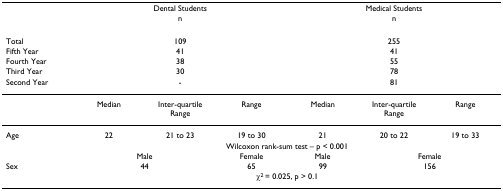
|  |  | Dental Students |  |  | Medical Students |  |
 |  |  | n |  |  | n |  |
 | --- | --- | --- | --- | --- | --- | --- |
 | Total |  | 109 |  |  | 255 |  |
 | Fifth Year |  | 41 |  |  | 41 |  |
 | Fourth Year |  | 38 |  |  | 55 |  |
 | Third Year |  | 30 |  |  | 78 |  |
 | Second Year |  | - |  |  | 81 |  |
 |  | Median | Inter-quartile Range | Range | Median | Inter-quartile Range | Range |
 | Age | 22 | 21 to 23 | 19 to 30 | 21 | 20 to 22 | 19 to 33 |
 |  | <COLSPAN=6> Wilcoxon rank-sum test – p < 0.001 |
 |  | <COLSPAN=2> Male | Female | Male | <COLSPAN=2> Female |
 | Sex | <COLSPAN=2> 44 | 65 | 99 | <COLSPAN=2> 156 |
 |  | <COLSPAN=6> χ2 = 0.025, p > 0.1 |